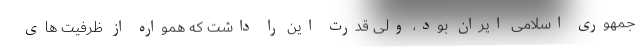
جمهوری اسلامی ایران بود، ولی قدرت این را داشت که همواره از ظرفیت های